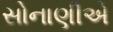
સોનાણીએ